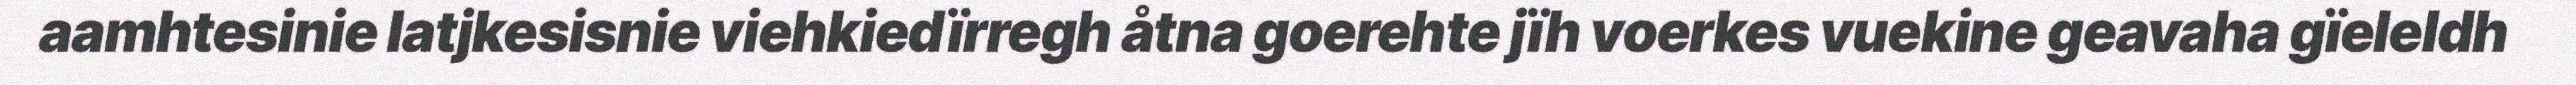
aamhtesinie latjkesisnie viehkiedïrregh åtna goerehte jïh voerkes vuekine geavaha gïeleldh